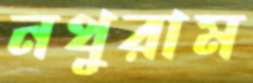
নথুরাম